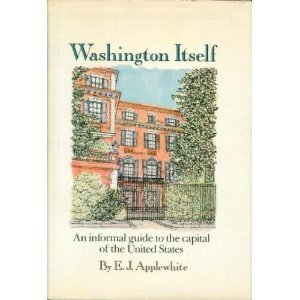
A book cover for Washington Itself: An informal guide to the Capital of the United States; E. J. Applewhite; Travel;